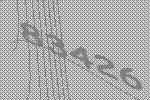
83426